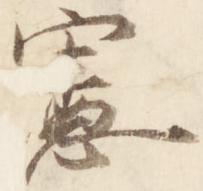
憲